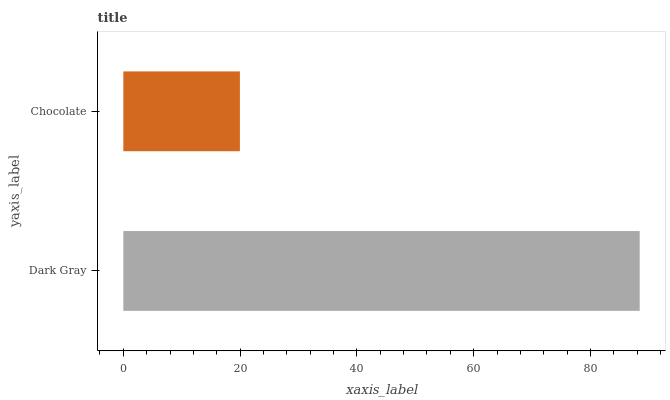
| yaxis_label | bars |
 | --- | --- |
 | Dark Gray | 88.4 |
 | Chocolate | 20 |